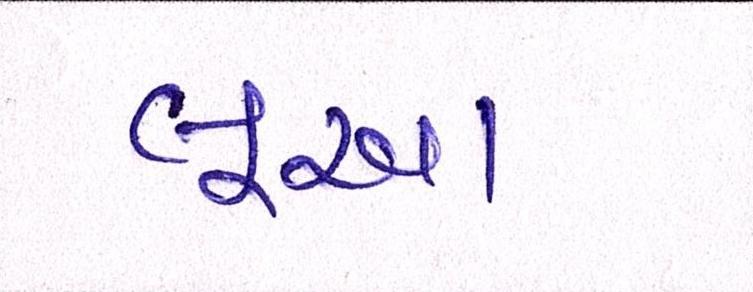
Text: લૂઆ